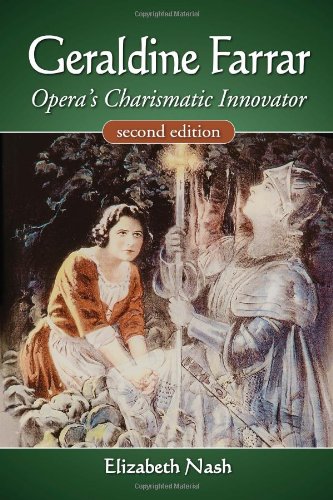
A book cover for Geraldine Farrar: Opera's Charismatic Innovator; Elizabeth Nash; Biographies & Memoirs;